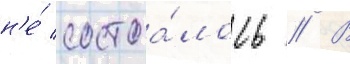
н'е́ состоа́лось // В